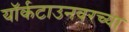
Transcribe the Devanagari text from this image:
यॉर्कटाउनवरच्या